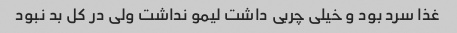
غذا سرد بود و خیلی چربی داشت لیمو نداشت ولی در کل بد نبود